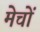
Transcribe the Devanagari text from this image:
मेचों